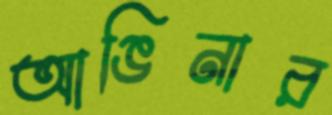
আঙিনার